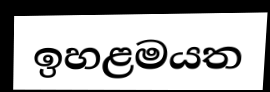
ඉහළමයත